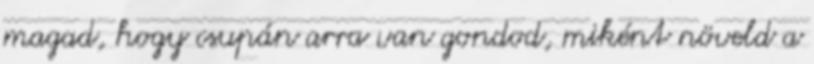
magad, hogy csupán arra van gondod, miként növeld a